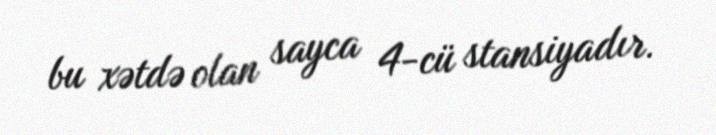
bu xətdə olan sayca 4-cü stansiyadır.